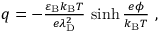
\begin{array} { r } { q = - \frac { \varepsilon _ { \mathrm { B } } k _ { \mathrm { B } } T } { e \lambda _ { \mathrm { D } } ^ { 2 } } \, \sinh { \frac { e \phi } { k _ { \mathrm { B } } T } } ~ , } \end{array}